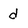
Character: d